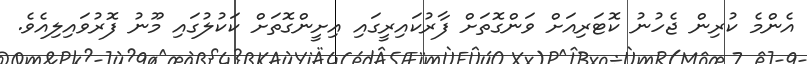
އެންމެ ކުރިން ޖެހުނު ކޮޓަރިއަށް ވަންގޮތަށް ފާރުކައިރީގައި އިށީންގޮތަށް ކަކުލުގައި މޫނު ފޮރުވައިލިއެވެ.